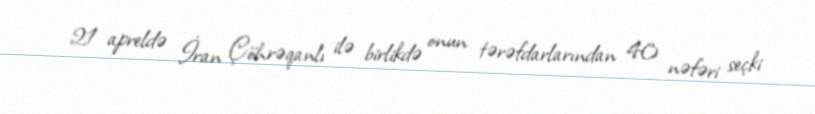
21 apreldə İran Çöhrəqanlı ilə birlikdə onun tərəfdarlarından 40 nəfəri seçki